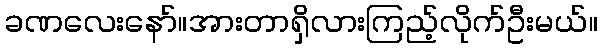
ခဏလေးနော်။အားတာရှိလားကြည့်လိုက်ဦးမယ်။